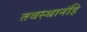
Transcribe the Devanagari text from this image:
तवस्थानंहि